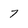
Character: 7